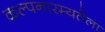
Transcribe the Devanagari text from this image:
कल्पनारम्यतेला